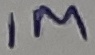
Text: 1M